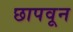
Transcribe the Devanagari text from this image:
छापवून